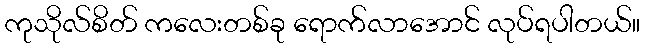
ကုသိုလ်စိတ် ကလေးတစ်ခု ရောက်လာအောင် လုပ်ရပါတယ်။